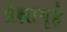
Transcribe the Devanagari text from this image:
प्रेक्षागृहे